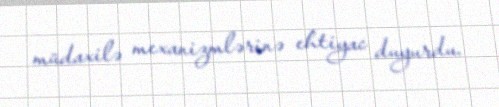
müdaxilə mexanizmlərinə ehtiyac duyurdu.